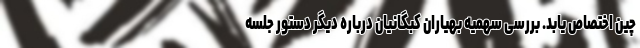
چین اختصاص یابد. بررسی سهمیه بهیاران کبگانیان درباره دیگر دستور جلسه